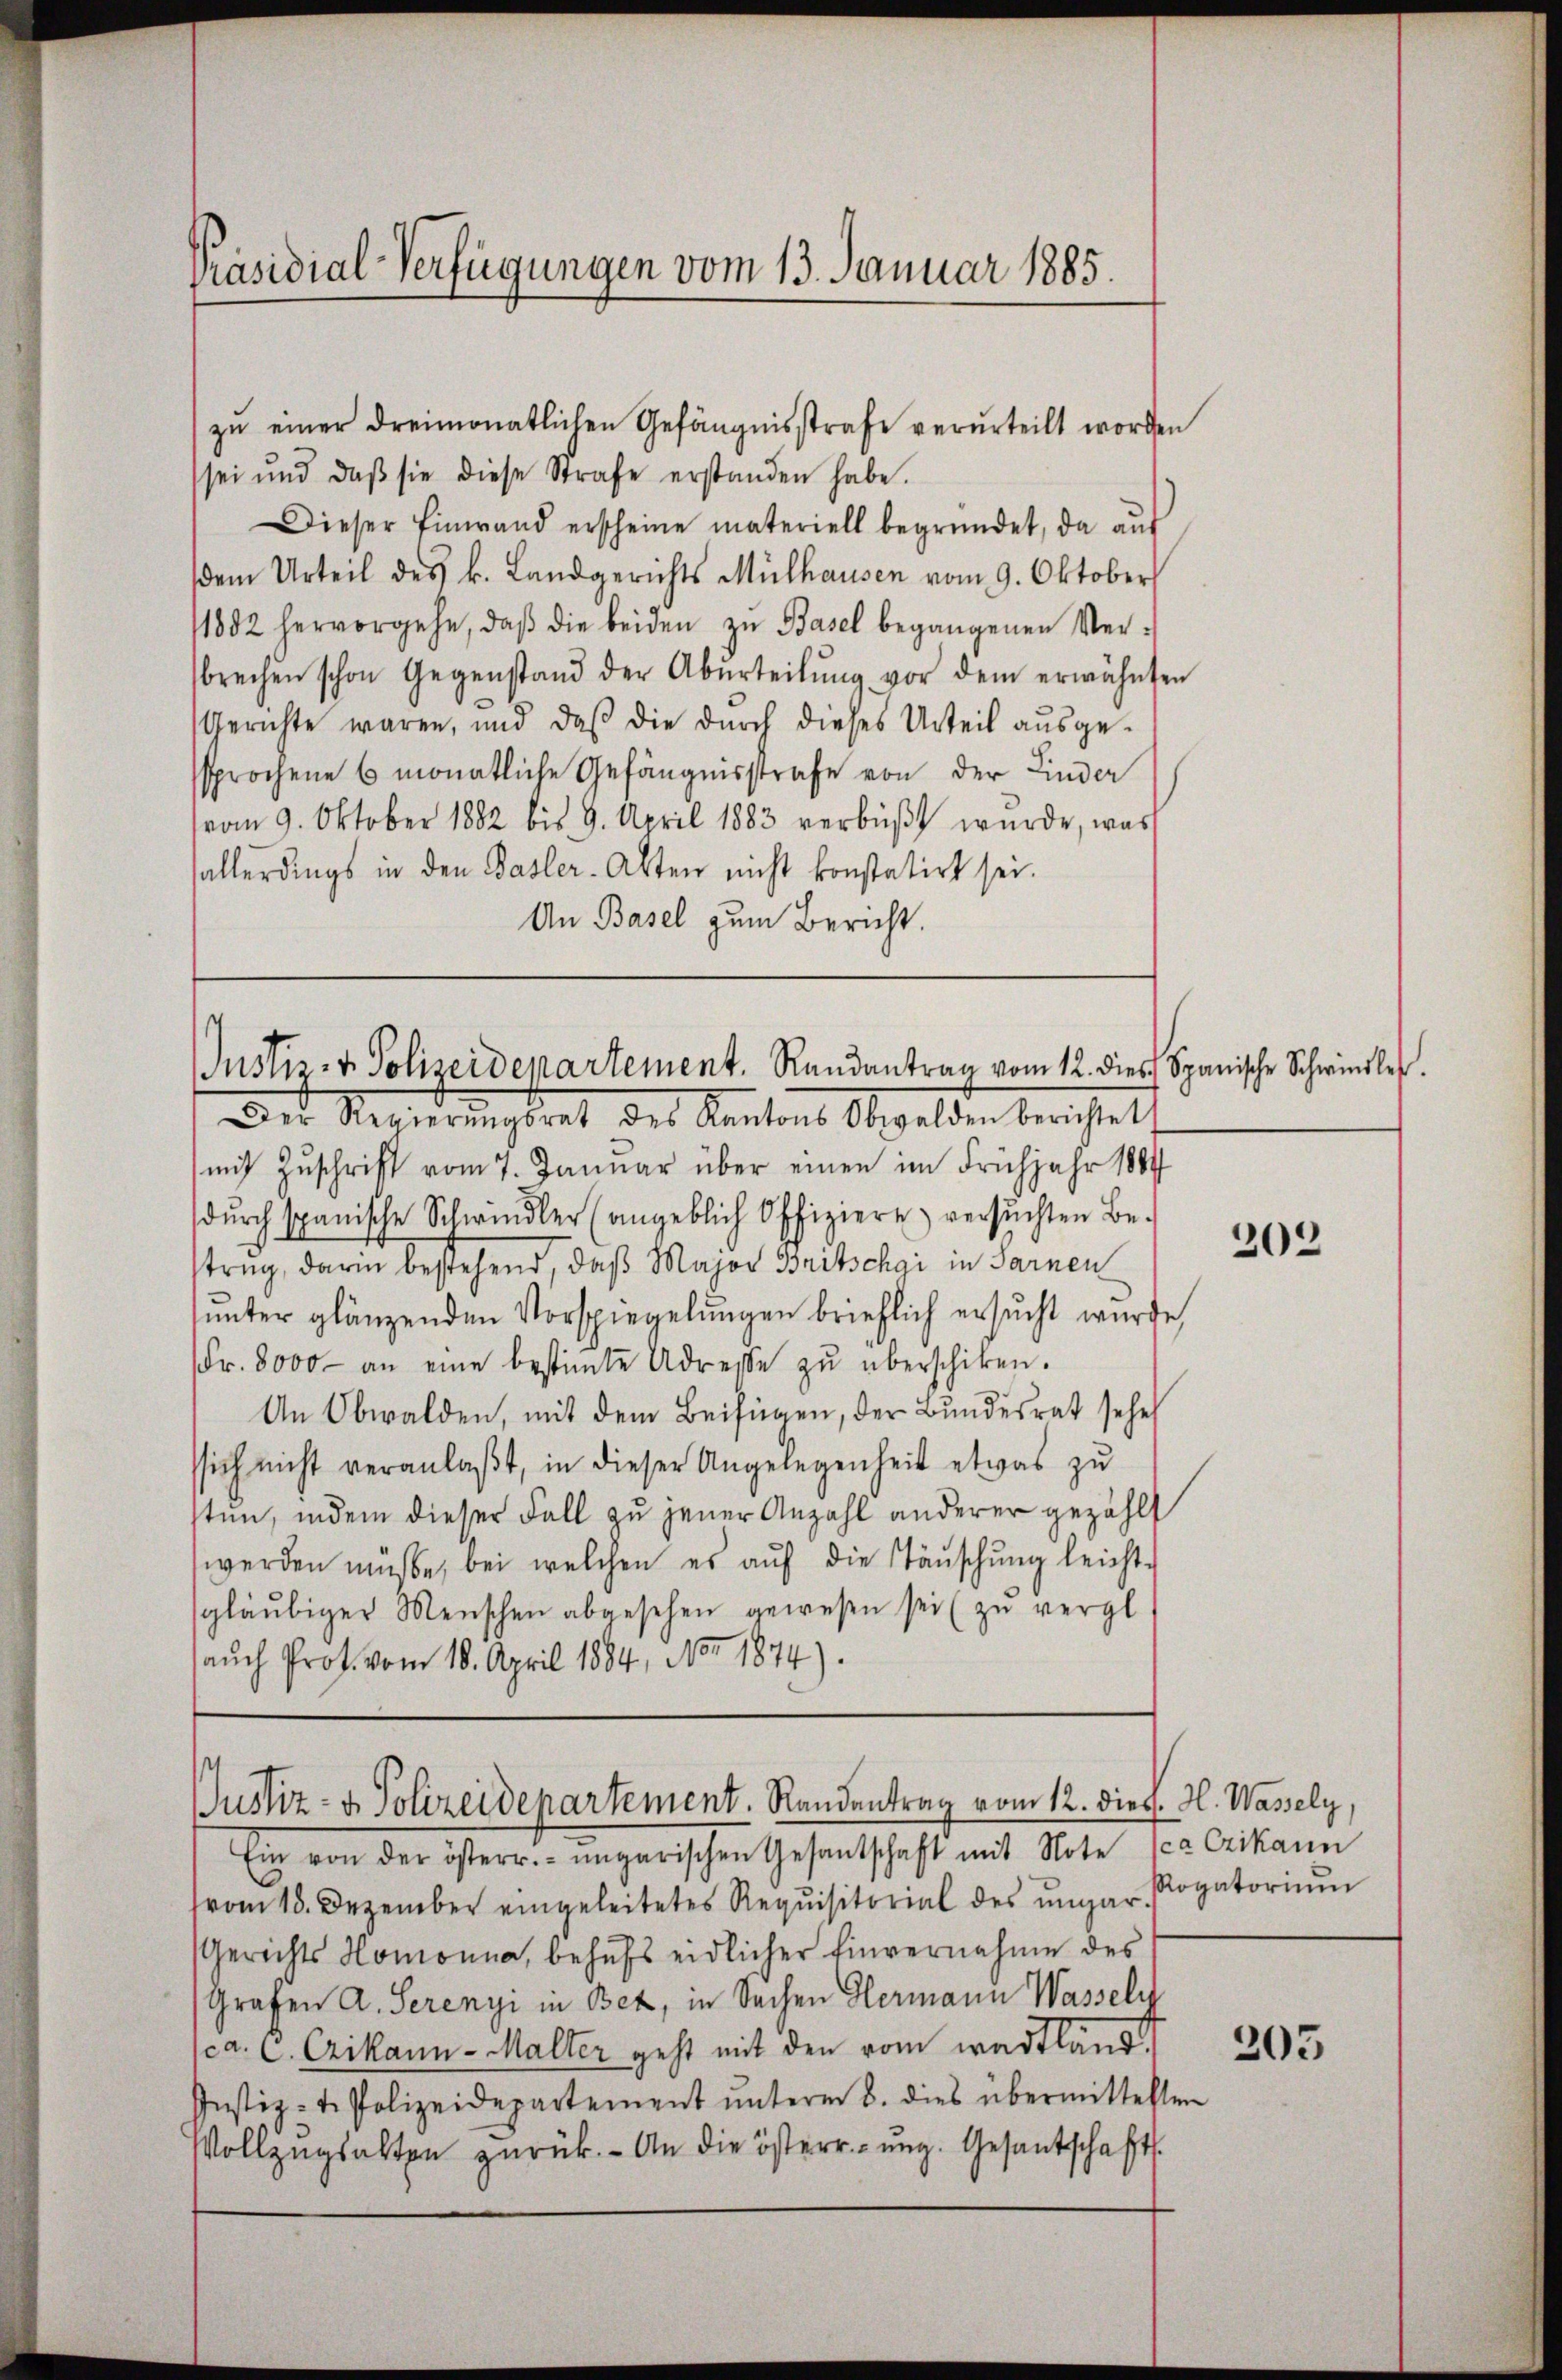
Präsidial-Verfügungen vom 13. Januar 1885.

zŭ einer dreimonatlichen Gefängnisstrafe verurteilt worden
sei und daβ sie diese Strafe erstanden habe.
Dieser Einwand erscheine materiell begründet, da aŭf
dem Urteil des k. Landgerichts Mülhausen vom 9. Oktober
11882 hervorgehe, daβ die beiden zŭ Basel begangenen Ver-
brechen schon Gegenstand der Abŭrteilŭng vor dem erwähnten
Gerichte waren, und daß die durch dieses Urteil aŭsge-
sprochene 6 monatliche Gefängnisstrafe von der Linder
vom 9. Oktober 1882 bis 9. April 1883 verbŭβt wŭrde, was
sallerdings in den Basler-Akten nicht konstatirt sei.
An Basel zum Bericht.

Justiz- & Polizeidepartement. Randantrag vom 12. dies Spanische Schwindler
Der Regierungsrat des Kantons Obwalden berichtet

(mit Zuschrift vom 7. Januar über einen im Frühjahr 1884
dŭrch spanische Schwindler (angeblich Offiziere versŭchten Be-
trug, darin bestehend, daß Major Britschgi in Sarnen
unter glänzenden Vorspiegelungen brieflich ersucht wurde,
Fr. 8000 - an eine bestimte Adresse zŭ überschiken.
An Obwalden, mit dem Beifügen, der Bundesrat sehe
ssich nicht veranlaßt, in dieser Angelegenheit etwas zu
sten, indem dieser Fall zu jener Anzahl anderer gezählt
werden müsse, bei welchen es aŭf die Täŭschŭng leichte
sgläubiger Menschen abgesehen gewesen sei (zŭ vergl.
aŭch Prof. vom 18. April 1884, No. 1874).

Justiz- & Polizeidepartement. Randentrag vom 12. diess. H. Wassely,

Ein von der österr. ungarischen Gesantschaft mit Note sca exikann
vom 18. Dezember eingeleitetes Requisitorial des ŭngar Rogatoriŭm
Gerichts Homonna, behŭfs eidlicher Einvernahme des
Grafen A. Serenyi in Bez, in Sachen Hermann Wasseln
sca. C. Erikann - Malter geht mit den vom westländ.
Justiz-t. Polizeidepartement ŭnterm 8. dies übermittelten
Vollzŭgsalten zŭrück. - An die österrŭng. Gesantschaft.

202

205